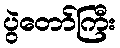
ပွဲတော်ကြီး